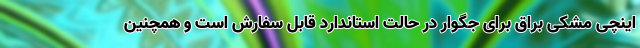
اینچی مشکی براق برای جگوار در حالت استاندارد قابل سفارش است و همچنین